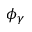
\phi _ { \gamma }